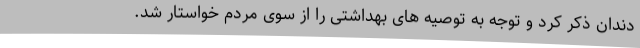
دندان ذکر کرد و توجه به توصیه های بهداشتی را از سوی مردم خواستار شد.